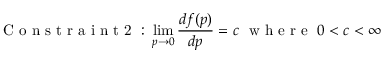
\mathrm { ~ C ~ o ~ n ~ s ~ t ~ r ~ a ~ i ~ n ~ t ~ 2 ~ : ~ } \operatorname* { l i m } _ { p \to 0 } \frac { d f ( p ) } { d p } = c ~ \mathrm { ~ w ~ h ~ e ~ r ~ e ~ } ~ 0 < c < \infty